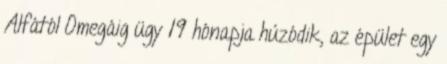
Alfától Omegáig ügy 19 hónapja húzódik, az épület egy